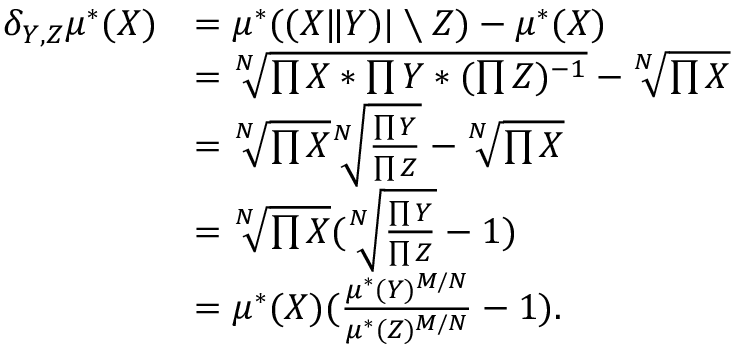
\begin{array} { r l } { \delta _ { Y , Z } \mu ^ { * } ( X ) } & { = \mu ^ { * } ( ( X \| Y ) \vert \setminus Z ) - \mu ^ { * } ( X ) } \\ & { = \sqrt [ N ] { \prod X * \prod Y * ( \prod Z ) ^ { - 1 } } - \sqrt [ N ] { \prod X } } \\ & { = \sqrt [ N ] { \prod X } \sqrt [ N ] { \frac { \prod Y } { \prod Z } } - \sqrt [ N ] { \prod X } } \\ & { = \sqrt [ N ] { \prod X } ( \sqrt [ N ] { \frac { \prod Y } { \prod Z } } - 1 ) } \\ & { = \mu ^ { * } ( X ) ( \frac { \mu ^ { * } ( Y ) ^ { M / N } } { \mu ^ { * } ( Z ) ^ { M / N } } - 1 ) . } \end{array}